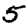
Digit: 5